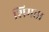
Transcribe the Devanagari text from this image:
शिमत्ता